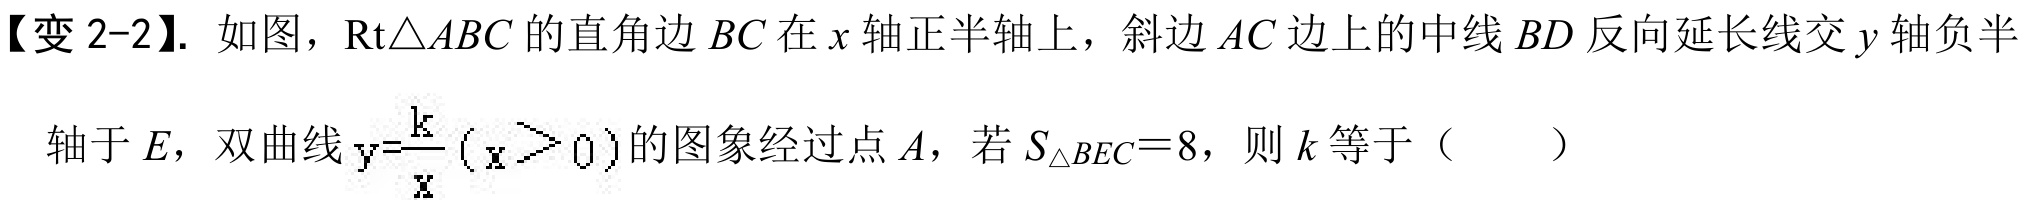
【变 2-2】. 如图，$\mathrm{Rt}\triangle ABC$的直角边$BC$在$x$轴正半轴上，斜边$AC$边上的中线$BD$反向延长线交$y$轴负半
轴于$E$，双曲线$\mathrm{y}=\frac{\mathrm{k}}{\mathrm{x}}(\mathrm{x}>0)$的图象经过点$A$，若$S_{\triangle BEC}=8$，则$k$等于（  ）